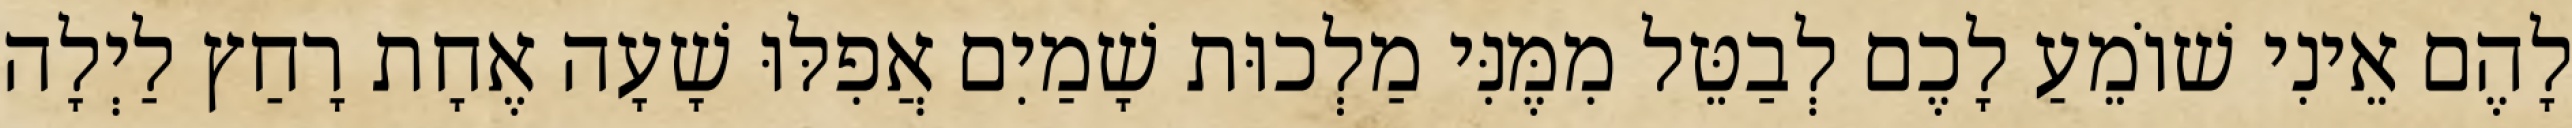
לָהֶם אֵינִי שׁוֹמֵעַ לָכֶם לְבַטֵּל מִמֶּנִּי מַלְכוּת שָׁמַיִם אֲפִלּוּ שָׁעָה אֶחָת רָחַץ לַיְלָה